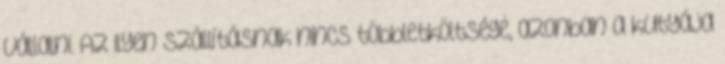
vállalni. Az ilyen szállításnak nincs többletköltsége, azonban a kutyája